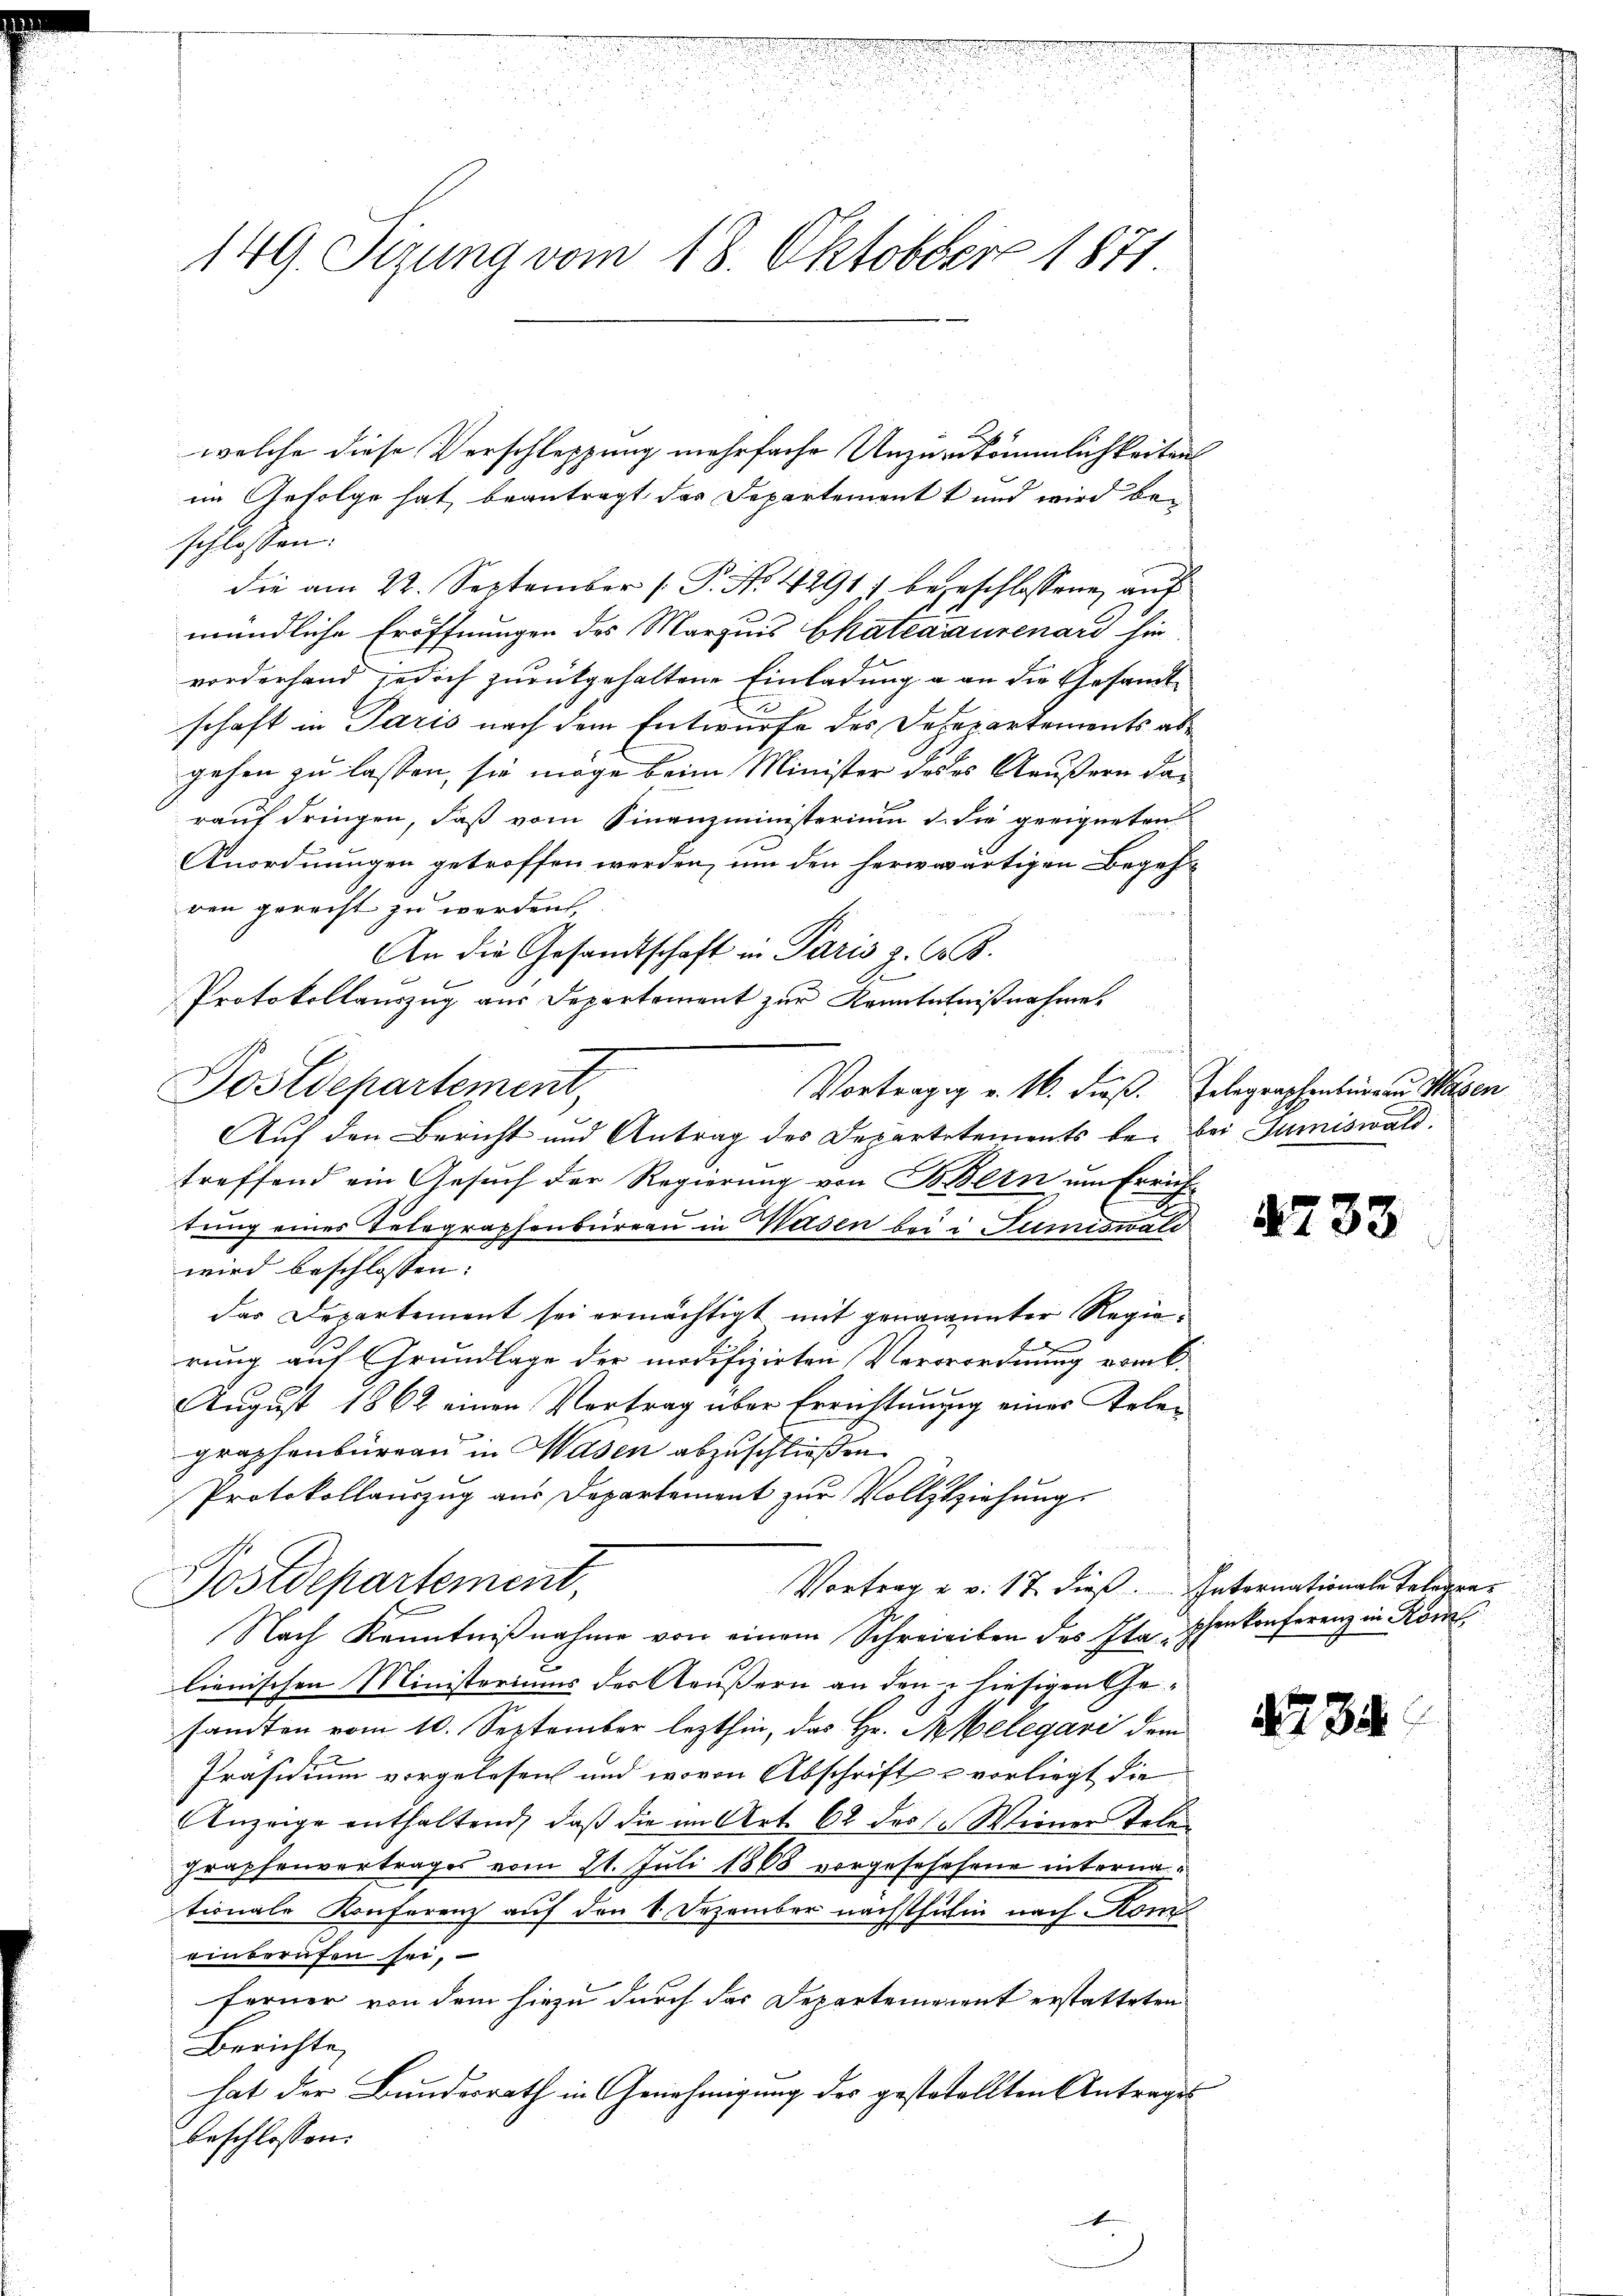
149. Sizung vom 18. Oktober 1871

Dostdepartement,
Vorträgig v. M. dieß. Erlegraphenburgen Hasen
Auf den Bericht und Antrag des Departetements bei bei Dumiswald.

welche diese Verschleppung mehrfache Unzuzukömmlichkeitens

im Gefolge hat, beantragt das Departement und wird beschlossen:
die am 22. September [ P. No 1291) begeschlossenen auf
mündliche Eröffnungen des Marquis Chateaiaurenard hin
vorderhand jedoch zurückgehaltene Einladung a. an die Gesandtschaft in Paris nach dem Entwurfe des Desepartements abgehen zu lassen, sie möge beim Minister deses Aeußern darauf dringen, daß vom Finanzministerium d. die geeigneten
Anordnungen getroffen werden, um den herwärtigen Begehren gerecht zu werden,
An die Gesandtschaft in Paris z. B.
Protokollauszug aus Departement zur Kenntntnißnahme.
treffend ein Gesuch der Regierung von B. Bern um Errichtung eines Telegraphenbureau in Hasen bei in Sumiswald
wird beschlossen: |
das Departement sei ermächtigt mit genanannter Regierung auf Grundlage der modifizirten Verorordnung vom 6.
August 1862 einen Vertrag über Errichtungg eines Erlegraphenbureau in Masen abzuschließen
Protokollauszug aus Departement zur Vollziehungs
l
Postdepartement,
Vortrag u. v. 17. dieß. Internationale Telegen¬
Nach Kenntniβnahme von einem Schreieiben des Ita - Ehenkonferenz in Kon
lienischen Ministoriums der Aeußern an den 2 hiesigen Gesanten vom 10. September lezthin, das Hr. Melegavi dem
Präsidium vorgelesen und wovon Abschrift u vorliegt die
Anzeige enthaltend, daß die im Art. 62 des Wienen Telen
graphenvertrages vom 21. Juli 1868 vorgeschehene interna
tionale Konferenz auf den 4. Dezember nächsthulin nach Kom
einberufen sei,
ferner von dem hiezu durch das Departement erstatteten
Berichte
hat der Bundesrath in Genehmigung des gestatellten Antrages
beschlossen:

.

4733

34